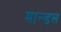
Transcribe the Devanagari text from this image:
मान्डल